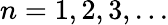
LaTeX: {n=1,2,3,...}